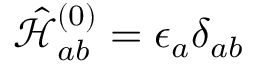
\hat { \mathcal { H } } _ { a b } ^ { ( 0 ) } = \epsilon _ { a } \delta _ { a b }